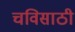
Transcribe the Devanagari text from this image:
चविसाठी